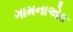
ગામનાએક